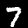
Label: 7